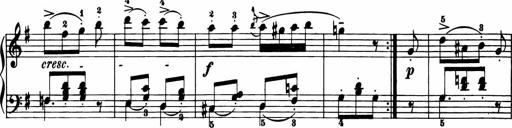
Title: 11 Sonatinas for Piano Solo
Composer: Anton Diabelli